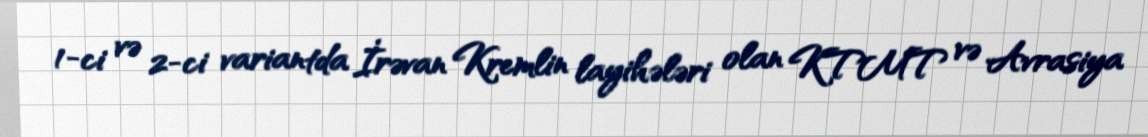
1-ci və 2-ci variantda İrəvan Kremlin layihələri olan KTMT və Avrasiya